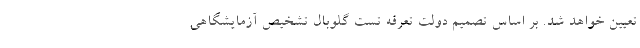
تعیین خواهد شد. بر اساس تصمیم دولت تعرفه تست گلوبال تشخیص آزمایشگاهی